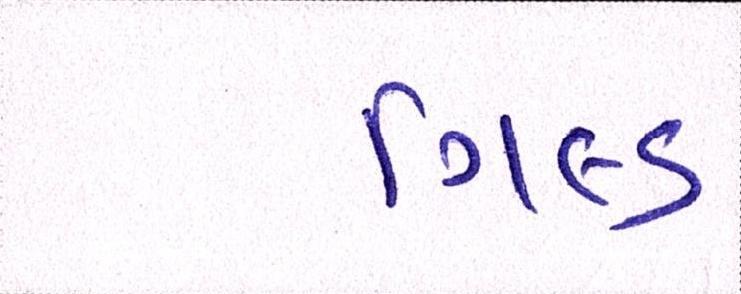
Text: ગિલ્ડ